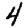
Digit: 4